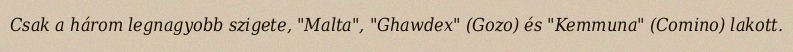
Csak a három legnagyobb szigete, "Malta", "Ghawdex" (Gozo) és "Kemmuna" (Comino) lakott.